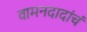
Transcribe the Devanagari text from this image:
वामनदादांचं